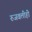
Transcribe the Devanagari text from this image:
रुजवलीही